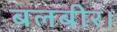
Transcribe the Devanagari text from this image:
बलबीर।